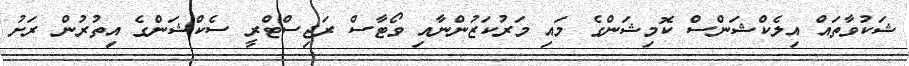
ޝަކުވާތައް އިލެކްޝަންސް ކޮމިޝަންގެ މައި މަރުކަޒުންނާއި ވޯޓާސް ރަޖިސްޓްރީ ސެކްޝަންގެ އިތުރުން ރަށު